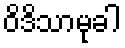
ဝိဒိသာမုခါ